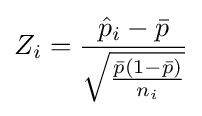
Z_{i}={\frac {{\hat {p}}_{i}-{\bar {p}}}{\sqrt {\frac {{\bar {p}}(1-{\bar {p}})}{n_{i}}}}}